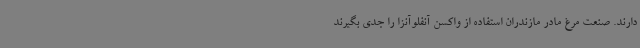
دارند. صنعت مرغ مادر مازندران استفاده از واکسن آنفلوآنزا را جدی بگیرند